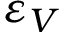
\varepsilon _ { V }